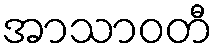
အာသာဝတီ